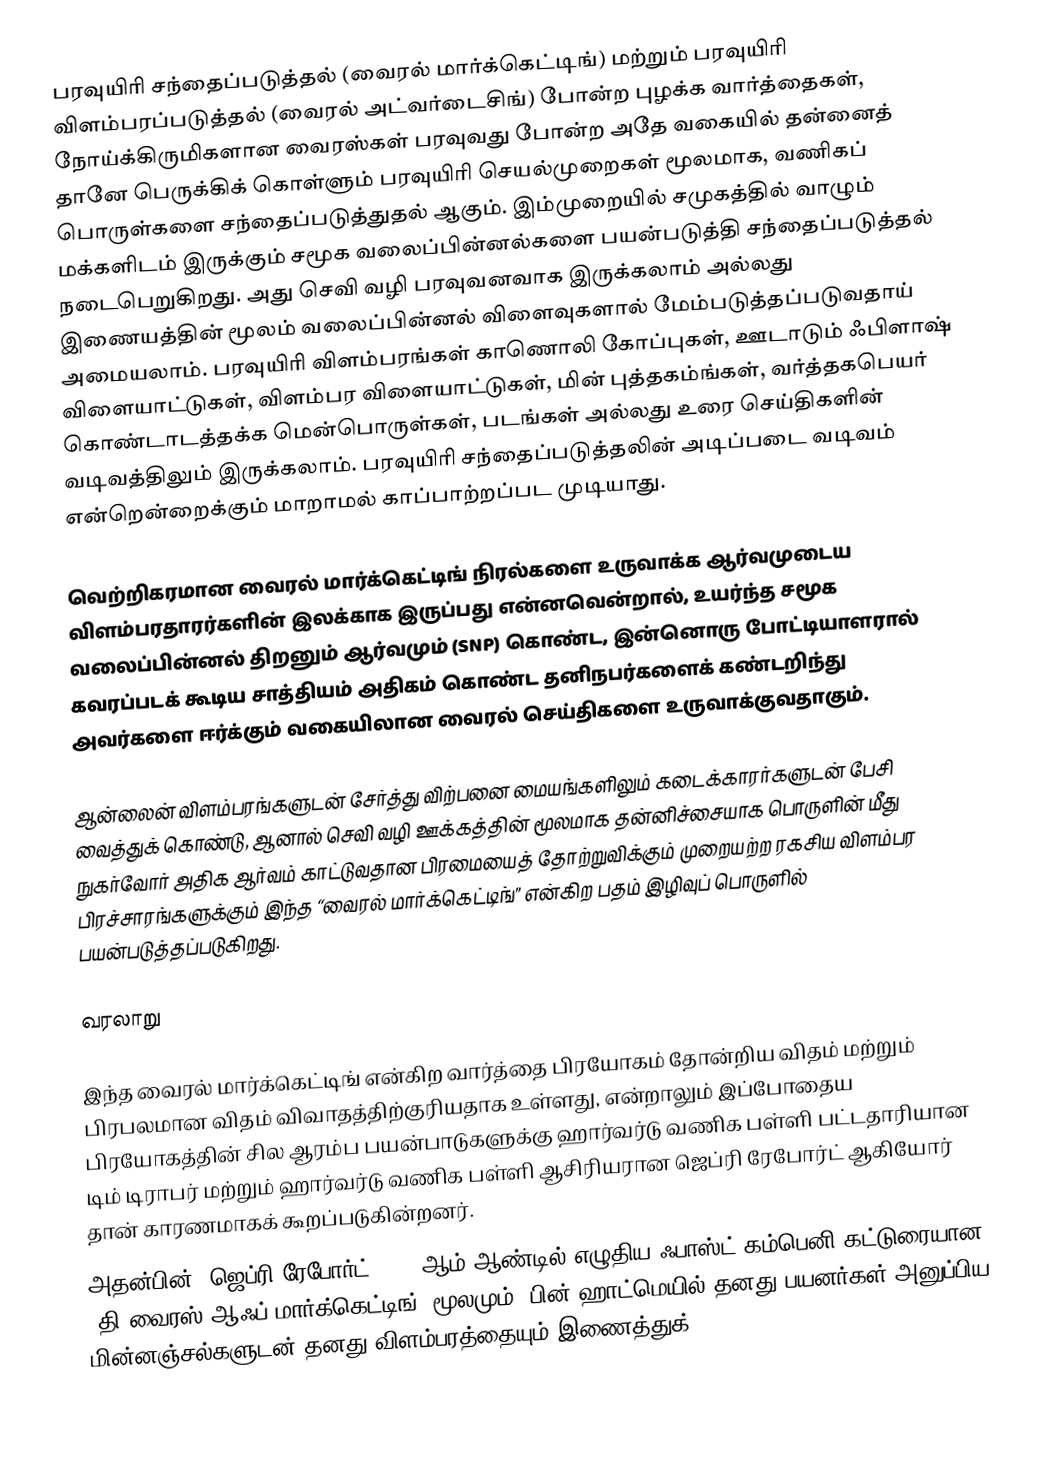
பரவுயிரி சந்தைப்படுத்தல் (வைரல் மார்க்கெட்டிங்) மற்றும் பரவுயிரி விளம்பரப்படுத்தல் (வைரல் அட்வர்டைசிங்)  போன்ற புழக்க வார்த்தைகள், நோய்க்கிருமிகளான வைரஸ்கள் பரவுவது போன்ற அதே வகையில் தன்னைத் தானே பெருக்கிக் கொள்ளும் பரவுயிரி செயல்முறைகள் மூலமாக, வணிகப் பொருள்களை சந்தைப்படுத்துதல் ஆகும். இம்முறையில் சமுகத்தில் வாழும் மக்களிடம் இருக்கும்  சமூக வலைப்பின்னல்களை பயன்படுத்தி  சந்தைப்படுத்தல் நடைபெறுகிறது. அது செவி வழி பரவுவனவாக இருக்கலாம் அல்லது இணையத்தின் மூலம்  வலைப்பின்னல் விளைவுகளால் மேம்படுத்தப்படுவதாய் அமையலாம்.  பரவுயிரி விளம்பரங்கள் காணொலி கோப்புகள், ஊடாடும் ஃபிளாஷ் விளையாட்டுகள், விளம்பர விளையாட்டுகள், மின் புத்தகம்ங்கள், வர்த்தகபெயர் கொண்டாடத்தக்க மென்பொருள்கள், படங்கள் அல்லது உரை செய்திகளின் வடிவத்திலும் இருக்கலாம்.  பரவுயிரி சந்தைப்படுத்தலின் அடிப்படை வடிவம் என்றென்றைக்கும் மாறாமல் காப்பாற்றப்பட முடியாது.

வெற்றிகரமான வைரல் மார்க்கெட்டிங் நிரல்களை உருவாக்க ஆர்வமுடைய விளம்பரதாரர்களின் இலக்காக இருப்பது என்னவென்றால், உயர்ந்த சமூக வலைப்பின்னல் திறனும் ஆர்வமும் (SNP) கொண்ட, இன்னொரு போட்டியாளரால் கவரப்படக் கூடிய சாத்தியம் அதிகம் கொண்ட தனிநபர்களைக் கண்டறிந்து அவர்களை ஈர்க்கும் வகையிலான வைரல் செய்திகளை உருவாக்குவதாகும்.

ஆன்லைன் விளம்பரங்களுடன் சேர்த்து விற்பனை மையங்களிலும் கடைக்காரர்களுடன் பேசி வைத்துக் கொண்டு, ஆனால் செவி வழி ஊக்கத்தின் மூலமாக தன்னிச்சையாக பொருளின் மீது நுகர்வோர் அதிக ஆர்வம் காட்டுவதான பிரமையைத் தோற்றுவிக்கும் முறையற்ற ரகசிய விளம்பர பிரச்சாரங்களுக்கும் இந்த “வைரல் மார்க்கெட்டிங்” என்கிற பதம் இழிவுப் பொருளில் பயன்படுத்தப்படுகிறது.

வரலாறு

இந்த வைரல் மார்க்கெட்டிங்  என்கிற வார்த்தை பிரயோகம் தோன்றிய விதம் மற்றும் பிரபலமான விதம் விவாதத்திற்குரியதாக உள்ளது, என்றாலும் இப்போதைய பிரயோகத்தின் சில ஆரம்ப பயன்பாடுகளுக்கு ஹார்வர்டு வணிக பள்ளி பட்டதாரியான டிம் டிராபர் மற்றும் ஹார்வர்டு வணிக பள்ளி ஆசிரியரான ஜெப்ரி ரேபோர்ட் ஆகியோர் தான் காரணமாகக் கூறப்படுகின்றனர்.
 அதன்பின், ஜெப்ரி ரேபோர்ட் 1996 ஆம் ஆண்டில் எழுதிய ஃபாஸ்ட் கம்பெனி கட்டுரையான ‘தி வைரஸ் ஆஃப் மார்க்கெட்டிங்’ மூலமும், பின் ஹாட்மெயில் தனது பயனர்கள் அனுப்பிய மின்னஞ்சல்களுடன் தனது விளம்பரத்தையும் இணைத்துக்